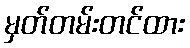
မှတ်တမ်းတင်ထား